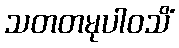
သတတမုပါဝသိံ